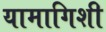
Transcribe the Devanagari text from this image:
यामागिशी